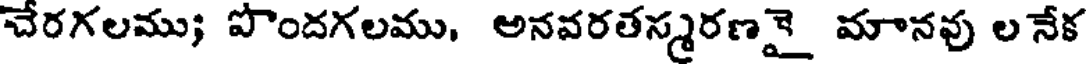
చేరగలము; పొందగలము, అనవరతస్మరణై_ మానవు ల నేక